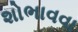
શોભાવવા